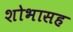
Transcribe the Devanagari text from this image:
शोभासह